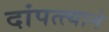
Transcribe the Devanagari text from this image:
दांपत्त्याने